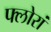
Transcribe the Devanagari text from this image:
फ्लोरां